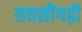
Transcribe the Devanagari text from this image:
छत्तसीगढ़ी